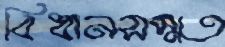
বিধানসম্মত